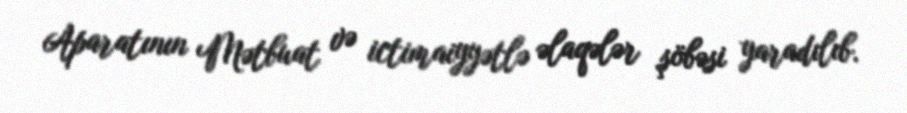
Aparatının Mətbuat və ictimaiyyətlə əlaqələr şöbəsi yaradılıb.